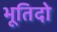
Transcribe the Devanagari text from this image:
भूतिदो